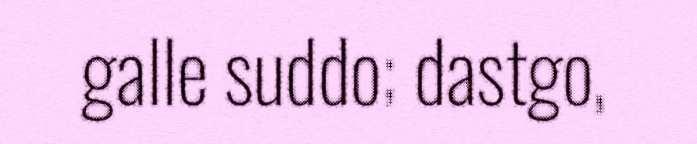
galle suddo; dastgo,